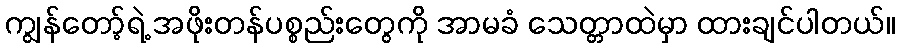
ကျွန်တော့်ရဲ့ အဖိုးတန်ပစ္စည်းတွေကို အာမခံ သေတ္တာထဲမှာ ထားချင်ပါတယ်။